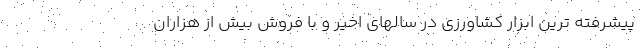
پیشرفته ترین ابزار کشاورزی در سالهای اخیر و با فروش بیش از هزاران